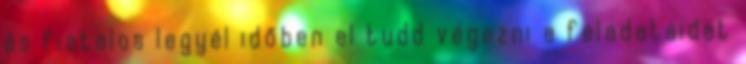
és fiatalos legyél időben el tudd végezni a feladataidat